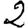
Digit: 2